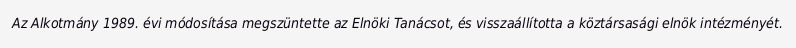
Az Alkotmány 1989. évi módosítása megszüntette az Elnöki Tanácsot, és visszaállította a köztársasági elnök intézményét.